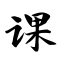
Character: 课